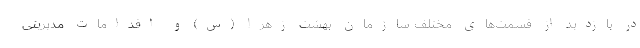
در بازدید از قسمت‌های مختلف سازمان بهشت زهرا (س) و اقدامات مدیریتی